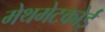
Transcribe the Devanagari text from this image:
मेथमेटकोई